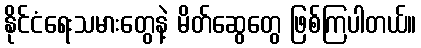
နိုင်ငံရေးသမားတွေနဲ့ မိတ်ဆွေတွေ ဖြစ်ကြပါတယ်။